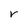
Character: r